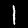
Digit: 1